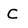
Character: C